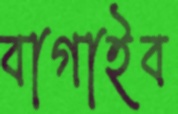
বাগাইব